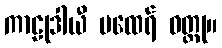
ကာဠုဒါယီ မထေရ် ဝတ္ထု။